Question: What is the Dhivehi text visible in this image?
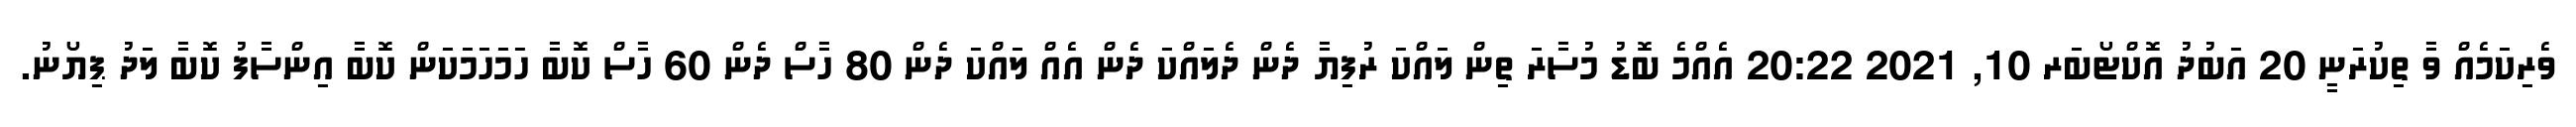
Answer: ވެރިކަމެއް ވާ ތިކުރަނީ 20 އަބުދު އޮކްޓޯބަރ 10, 2021 20:22 އެއްމެ ބޮޑު މުސާރަ ތިން ލައްކަ ރުފިޔާ ދެން ދެލައްކަ ދެން އެއް ލައްކަ ދެން 80 ހާސް ދެން 60 ހާސް ކޮބާ ހަމަހަމަކަން ކޮބާ އިންސާފު ކޮބާ ލަދު ޕިޔޯނު.